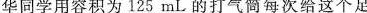
华同学用容积为125mL的打气筒每次给这个足